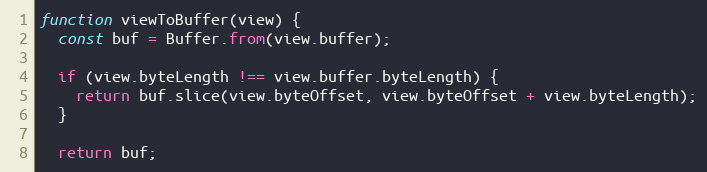
Language: JavaScript
function viewToBuffer(view) {
  const buf = Buffer.from(view.buffer);

  if (view.byteLength !== view.buffer.byteLength) {
    return buf.slice(view.byteOffset, view.byteOffset + view.byteLength);
  }

  return buf;